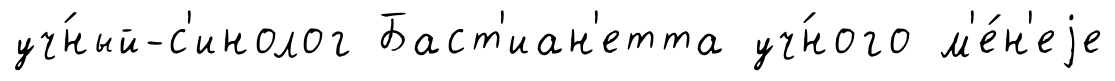
уч́ный-с'инолог Баст'иан'етта уч́ного м'е́н'еjе